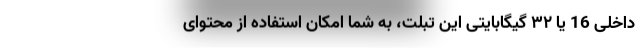
داخلی 16 یا ۳۲ گیگابایتی این تبلت، به شما امکان استفاده از محتوای